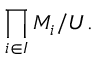
\prod _ { i \in I } M _ { i } / U .